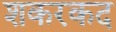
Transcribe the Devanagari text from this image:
शकरकद